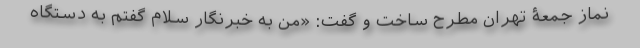
نماز جمعۀ تهران مطرح ساخت و گفت‌: «من به خبرنگار سلام گفتم به دستگاه